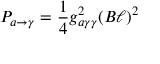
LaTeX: P _ { a \rightarrow \gamma } = { \frac { 1 } { 4 } } g _ { a \gamma \gamma } ^ { 2 } ( B \ell ) ^ { 2 }